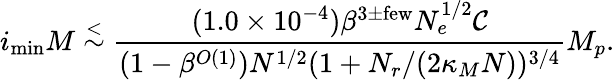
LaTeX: i_{\mathrm{min}}M\stackrel{<}{\sim}\frac{(1.0\times 10^{-4})\beta^{3\pm\mathrm{few}}N_{e}^{1/2}{\cal C}}{(1-\beta^{O(1)})N^{1/2}(1+N_{r}/(2\kappa_{M}N))^{3/4}}M_{p}.